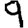
Digit: 9